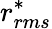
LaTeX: r_{rms}^{*}